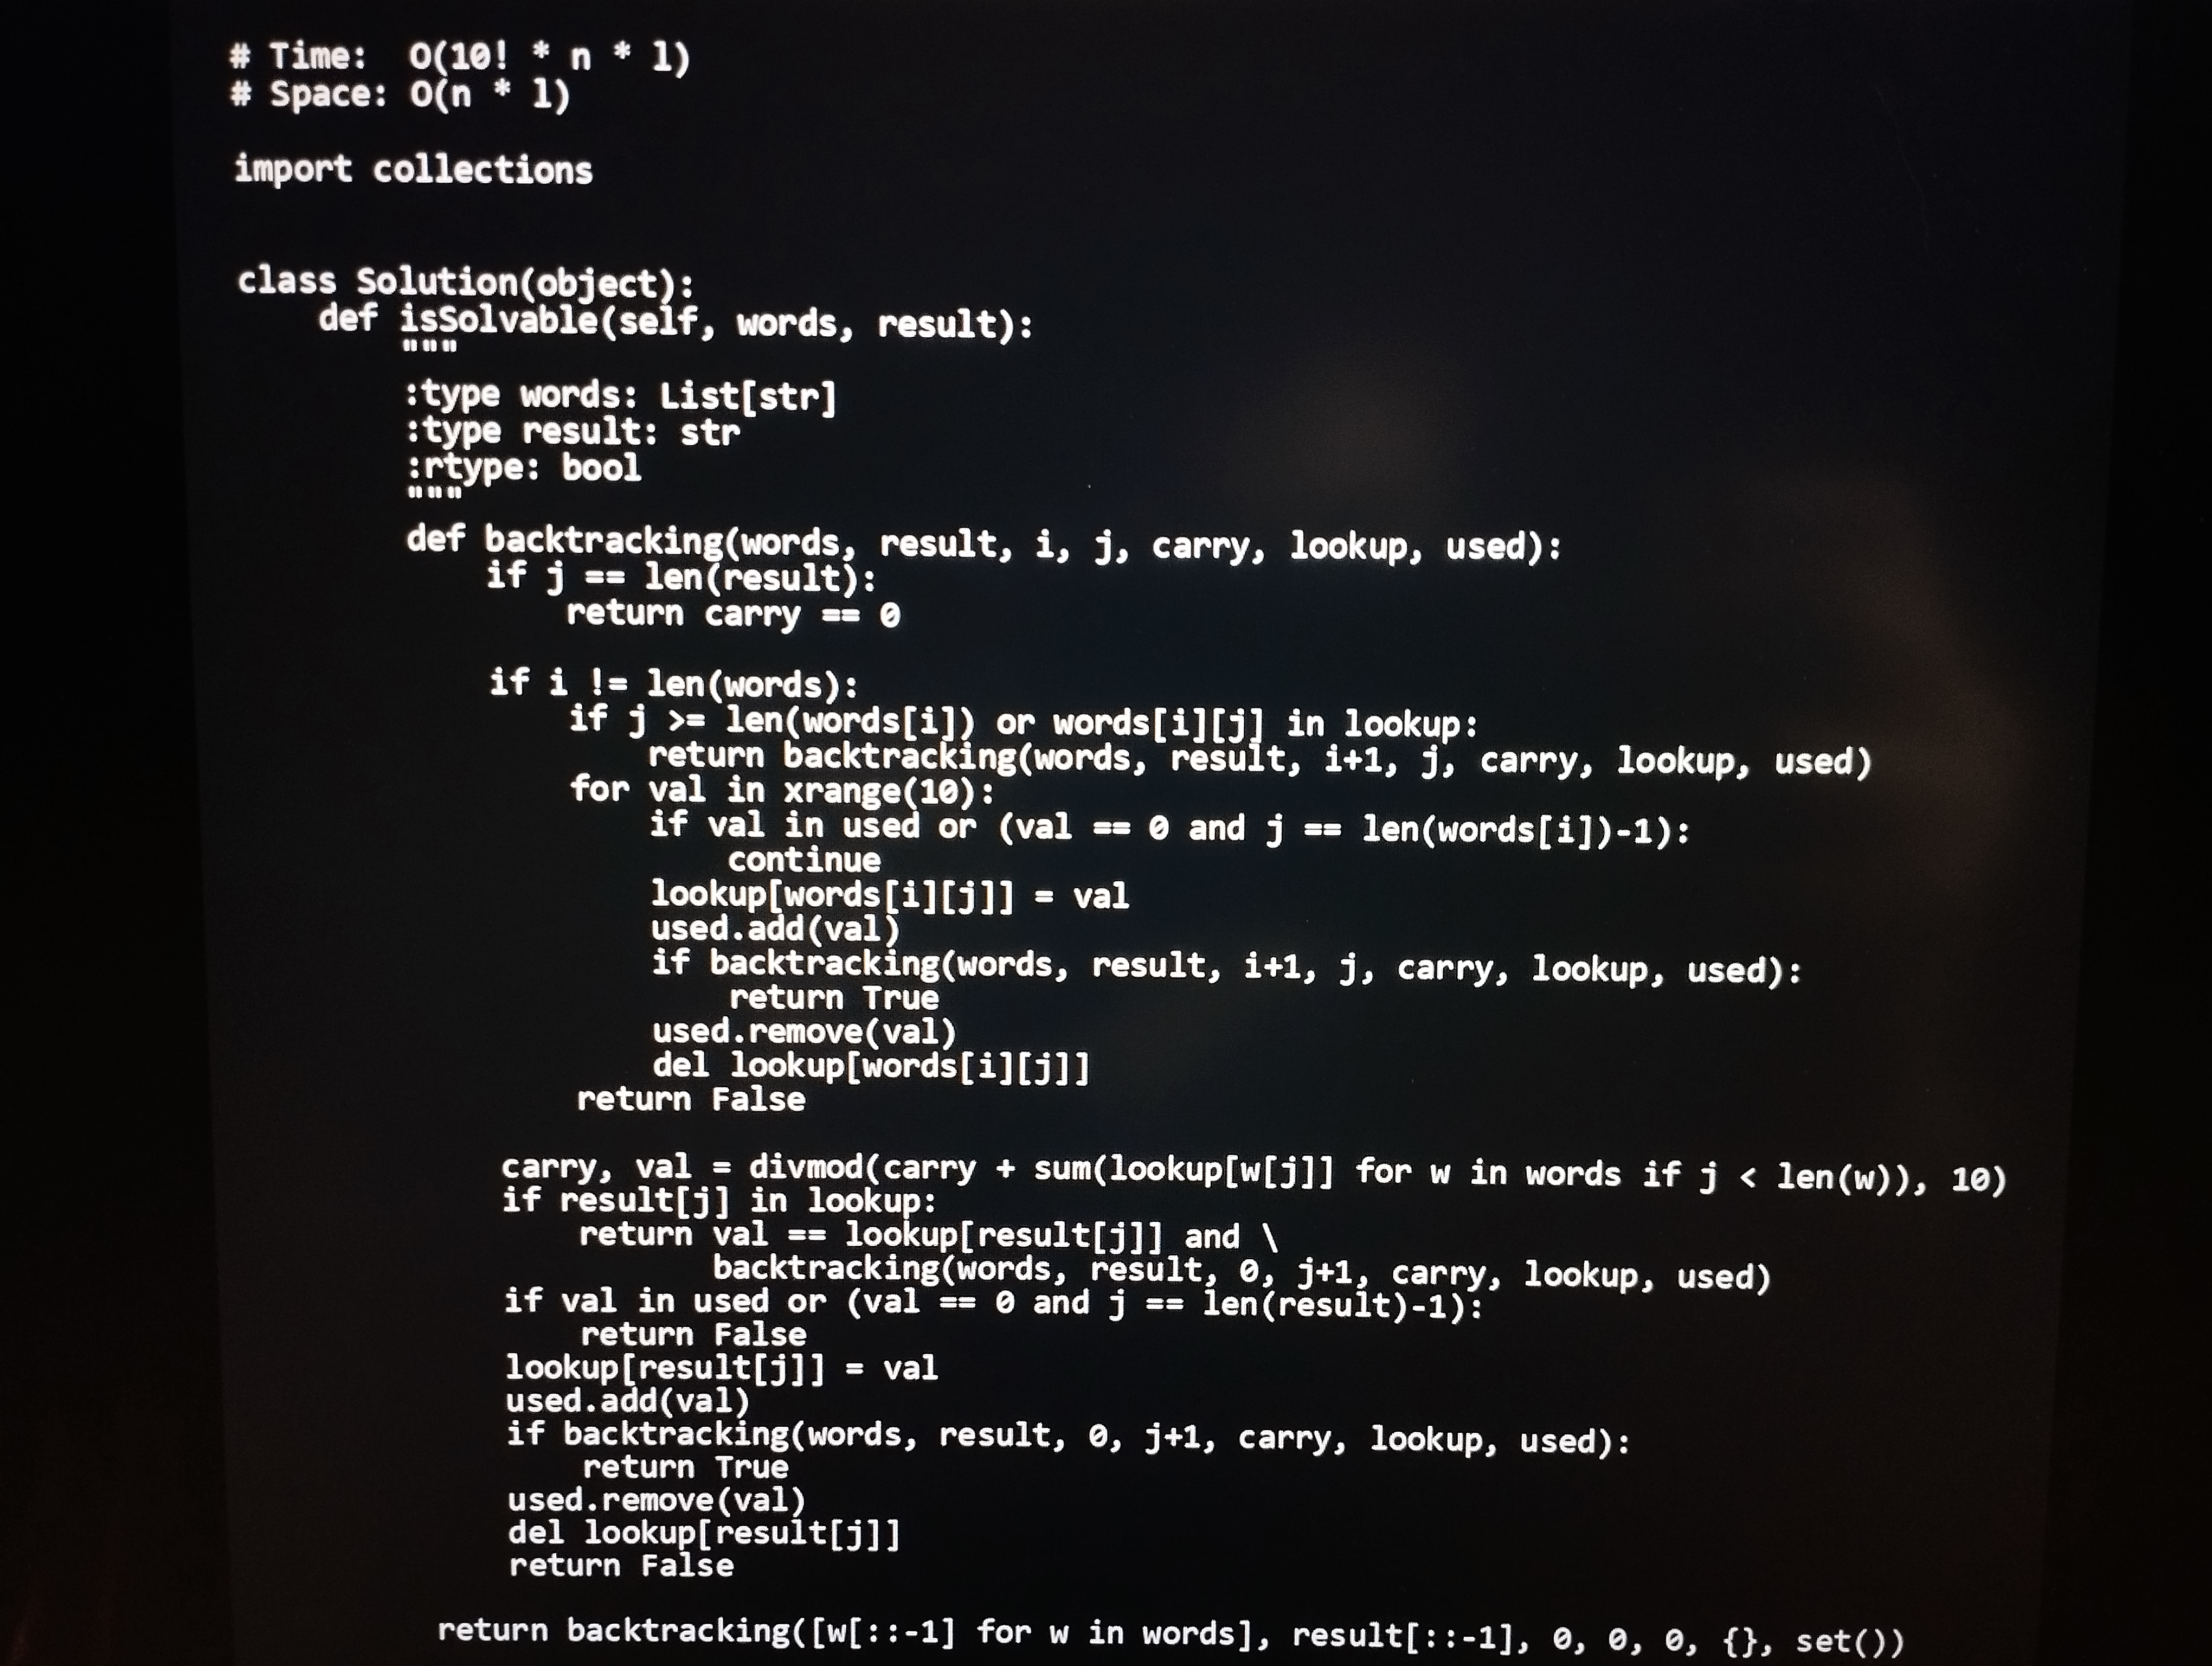
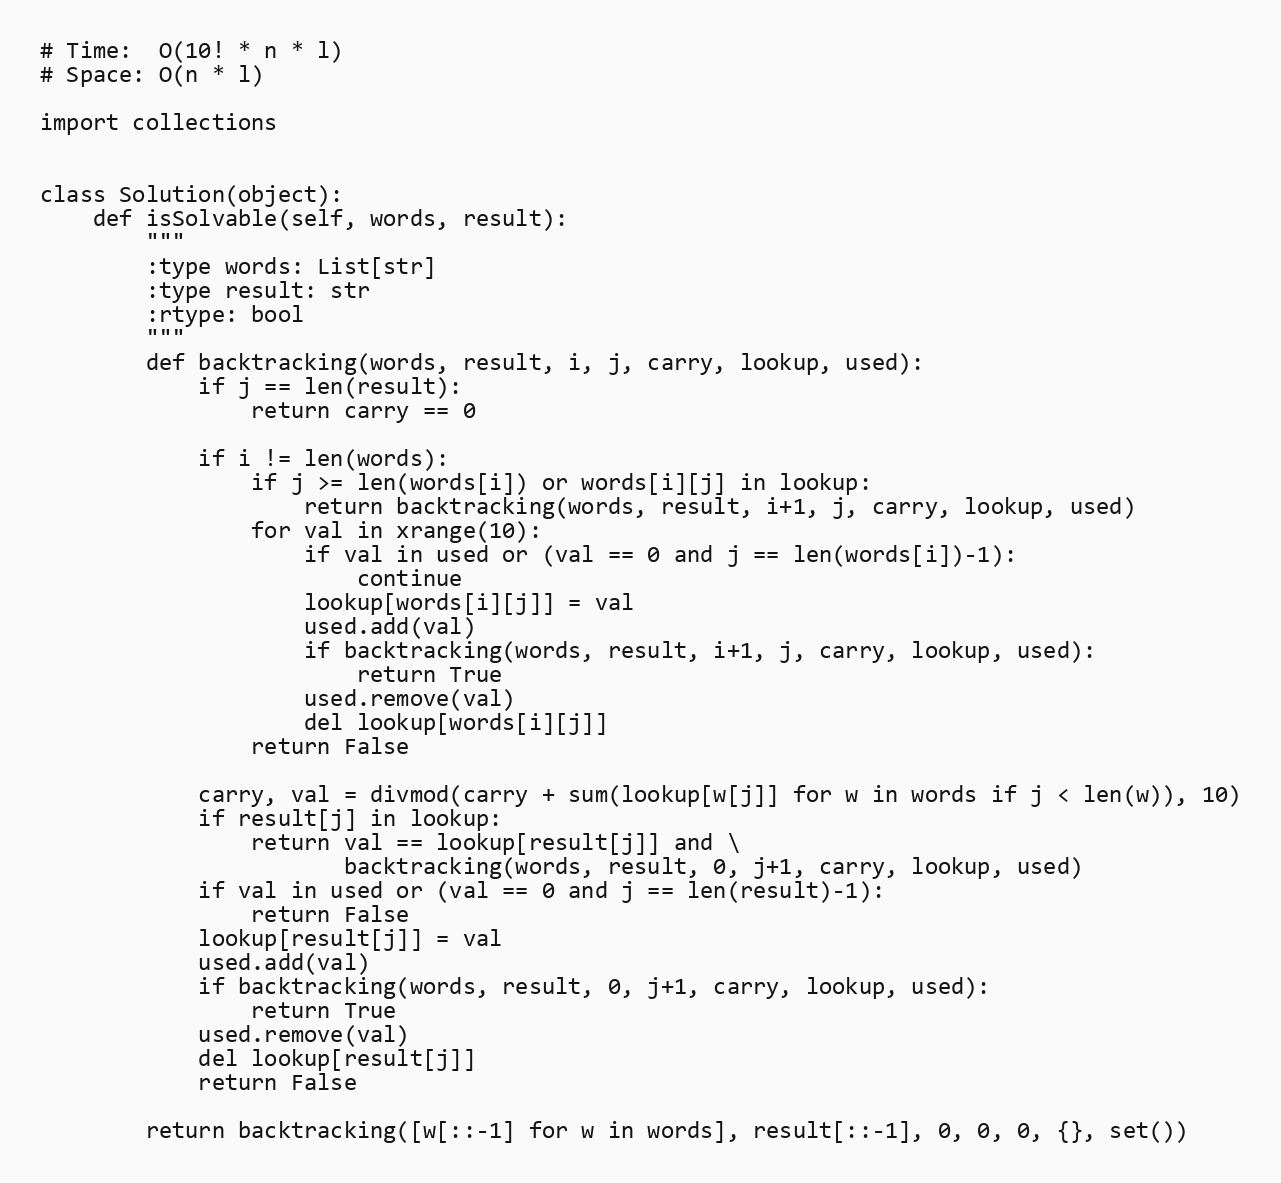
# Time:  O(10! * n * l)
# Space: O(n * l)

import collections

class Solution(object):
    def isSolvable(self, words, result):
        """
        :type words: List[str]
        :type result: str
        :rtype: bool
        """
        def backtracking(words, result, i, j, carry, lookup, used):
            if j == len(result):
                return carry == 0

            if i != len(words):
                if j >= len(words[i]) or words[i][j] in lookup:
                    return backtracking(words, result, i+1, j, carry, lookup, used)
                for val in xrange(10):
                    if val in used or (val == 0 and j == len(words[i])-1):
                        continue
                    lookup[words[i][j]] = val
                    used.add(val)
                    if backtracking(words, result, i+1, j, carry, lookup, used):
                        return True
                    used.remove(val)
                    del lookup[words[i][j]]
                return False

            carry, val = divmod(carry + sum(lookup[w[j]] for w in words if j < len(w)), 10)
            if result[j] in lookup:
                return val == lookup[result[j]] and \
                       backtracking(words, result, 0, j+1, carry, lookup, used)
            if val in used or (val == 0 and j == len(result)-1):
                return False
            lookup[result[j]] = val
            used.add(val)
            if backtracking(words, result, 0, j+1, carry, lookup, used):
                return True
            used.remove(val)
            del lookup[result[j]]
            return False

        return backtracking([w[::-1] for w in words], result[::-1], 0, 0, 0, {}, set())